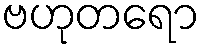
ဗဟုတရော